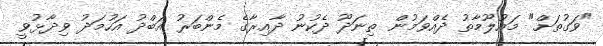
"ވަގުތަށް" މައުލޫމާތު ދެއްވަމުން ތިނަދޫ ދެކުނު ދާއިރާގެ މެންބަރު އަބްދު އަހުމަދު ވިދާޅުވީ